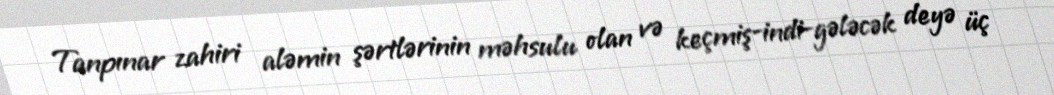
Tanpınar zahiri aləmin şərtlərinin məhsulu olan və keçmiş-indi-gələcək deyə üç